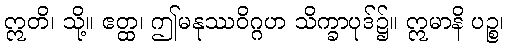
ဣတိ၊ သို့။ ဧတ္ထ၊ ဤမနုဿဝိဂ္ဂဟ သိက္ခာပုဒ်၌။ ဣမာနိ ပဉ္စ၊